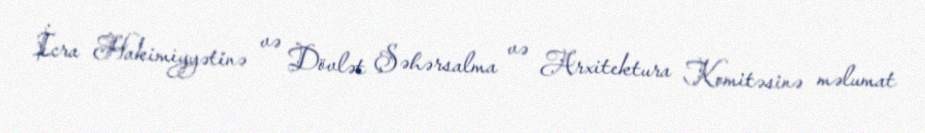
İcra Hakimiyyətinə və Dövlət Şəhərsalma və Arxitektura Komitəsinə məlumat